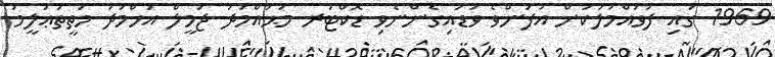
1969 ގައި ފުވައްމުލަކަށް އުފަންވެ ވަޑައިގެންނެވި ޑޮކްޓަރ މުޙައްމަދު ޖަމީލް އަހްމަދު މަތީތަޢުލީމު